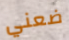
ضعني